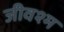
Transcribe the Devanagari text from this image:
जीवश्म